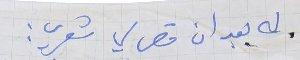
له بعد ان قص لي شعري :